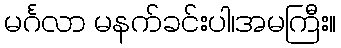
မင်္ဂလာ မနက်ခင်းပါ၊အမကြီး။